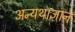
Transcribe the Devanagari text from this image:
अन्यथाज्ञान